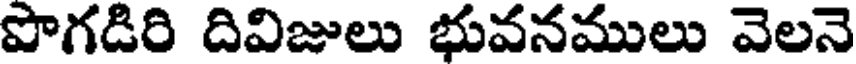
పొగడిరి దివిజులు భువనములు వెలనె